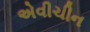
એવીચીન